Calcutta medical institutions reports 1879-81 [i.e.91]
Year: 1879
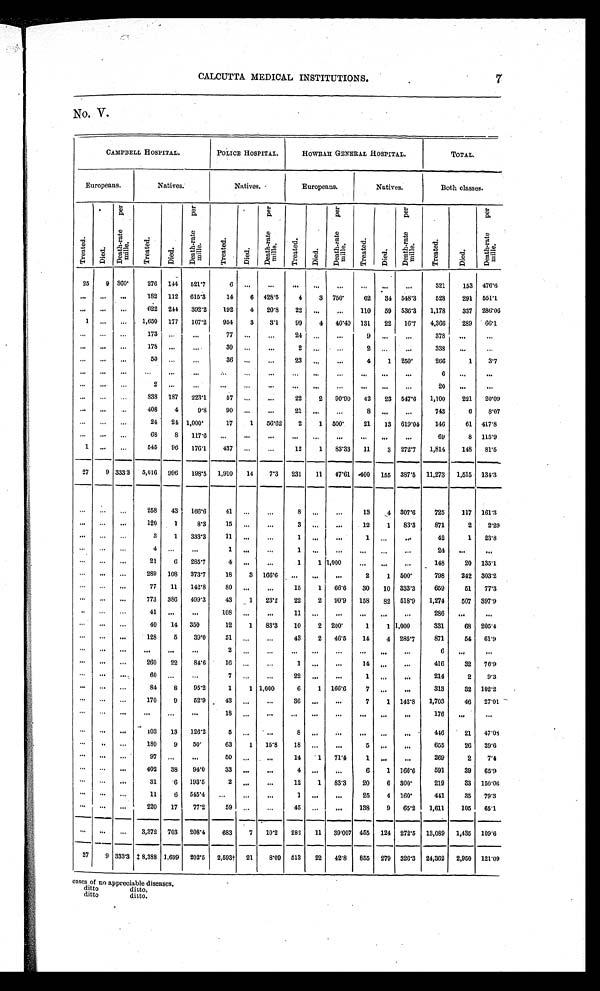
7
CALCUTTA MEDICAL INSTITUTIONS.
No. V.
CAMPBELL HOSPITAL.
POLICE HOSPITAL.
HOWRAH GENERAL HOSPITAL.
TOTAL.
Europeans.
Natives.
Natives.
Europeans.
Natives.
Both classes.
T r e a t e d .
D i e d .
D e a t h - r a t e p e r m i l l e .
T r e a t e d .
D i e d .
D e a t h - r a t e p e r m i l l e .
T r e a t e d .
D i e d .
D e a t h - r a t e p e r m i l l e .
T r e a t e d .
D i e d .
D e a t h - r a t e p e r m i l l e .
T r e a t e d .
D i e d .
D e a t h - r a t e p e r m i l l e .
T r e a t e d .
D i e d .
D e a t h - r a t e p e r m i l l e .
25
9 360°276 144
521.7
6
. . . . . .
. . .
. . .
. . .
. . .
. . .
. . .
321
153 476.6
. . .
. . .
. . .
182 112 615.3
14
6 428.5
4
3 750
62
34 548.3
528
291 551.1
. . .
. . .
. . .
622 244
392.2
192
4
20.8
22
. . .
. . .
110
59 536.3
1,178
337 286.06
1
. . .
. . .
1,650 177
107.2
954
3
3 . 1 99
4
40.40 131
22
16.7
4,366
289
66.1
. . . . . .
. . .
173 . . .
. . .
77
. . .
. . . 24
. . . . . .
9
. . . . . .
378
. . .
. . .
. . .
. . .
. . .
178
. . .
. . .
30
. . .
. . .
2
. . .
. . .
2
. . .
. . .
338
. . .
. . .
. . .
. . .
. . .
50
. . .
. . .
36
. . .
. . . 23
. . .
. . .
4
1 250°266
1
3.7
. . .
. . .
. . .
. . .
. . .
. . .
. . . . . .
. . .
. . .
. . . . . .
. . .
. . .
. . .
6
. . .
. . .
. . . . . .
. . .
2 . . .
. . .
. . .
. . .
. . .
. . .
. . . . . .
. . .
. . .
. . .
20
. . .
. . .
. . . . . .
. . .
838 187
223.1
5 7
. . .
. . . 22
2
90.90
42
23 547.6
1,100
221
20.09
. . .
. . .
. . .
408
4
9.8
90
. . .
. . . 21
. . .
. . .
8
. . . . . .
743
6
8.07
. . .
. . . . . .
24
24 1,000°17
1
56.62
2
1 500°21
13 619.04
146
61 417.8
. . .
. . .
. . .
68
8
117.6
. . . . . .
. . . . . .
. . .
. . .
. . .
. . .
. . .
69
8 115.9
1
. . .
. . .
545
96
176.1
437
. . .
. . .
12
1
83.33
11
3 272.7
1,814
148
81.5
27
9 333.3
5,016 996
1 9 8 . 5
1,910
14
7.3
231
1 1 47.61 400 155 387.5 11,273 1,515 134.3
. . .
. . .
. . .
258
43
166.6
41
. . .
. . .
8
. . . . . .
13
4 307.6
725
117 161.3
. . .
. . .
. . .
120
1
8.3
15
. . .
. . .
3
. . . . . .
12
1
83.3
871
2
2.29
. . .
. . .
. . .
3
1
333.3
11
. . . . . .
1
. . .
. . .
1
. . .
. . .
42
1
23.8
. . .
. . .
. . .
4
. . .
. . .
1
. . .
. . .
1
. . .
. . .
. . .
. . .
. . .
24
. . .
. . .
. . .
. . .
. . .
21
6
285.7
4
. . .
. . .
1
1 1,000
. . .
. . .
. . .
148
20 135.1
. . .
. . .
. . .
289 108
373.7
18
3 166.6
. . .
. . .
. . .
2
1 500°798
242 303.2
. . .
. . .
. . .
77
11
142.8
80
. . .
. . .
15
1
66.6
30
10 333.3
659
51
77.3
. . .
. . .
. . .
773 386
499.3
43
1
23.2
22
2
90.9
158
82 518.9
1,274
507 397.9
. . .
. . .
. . .
41
. . .
. . .
108
. . .
. . .
1 1
. . .
. . .
. . .
. . . . . .
286
. . .
. . .
. . .
. . .
. . .
40
14
350
12
1
83.3
10
2 200°1
1 1,000
331
68 205.4
. . .
. . .
. . .
128
5
39.0
51 . . . . . .
43
2
46.5
14
4 285.7
871
54
61.9
. . .
. . . . . .
. . .
. . .
. . .
2
. . .
. . .
. . .
. . .
. . .
. . .
. . . . . .
6
. . .
. . .
. . .
. . .
. . . 260
22
84.6
16
. . .
. . .
1
. . .
. . .
14
. . .
. . .
416
32
76.9
. . .
. . .
. . .
60
. . .
. . .
7
. . . . . .
22
. . .
. . .
1
. . . . . .
214
2
9.3
. . .
. . .
. . .
84
8
95.2
1
1 1,000
6
1 166.6
7
. . .
. . .
313
32 102.2
. . .
. . .
. . .
170
9
52.9
43
. . .
. . .
36
. . .
. . .
7
1 142.8
1,703
46
27.01
. . .
. . .
. . .
. . .
. . .
. . .
18
. . .
. . .
. . .
. . .
. . .
. . .
. . . . . .
176
. . .
. . .
. . .
. . .
. . .
103
13
126.2
5
. . .
. . .
8
. . .
. . .
. . .
. . .
. . .
446
21
47.08
. . .
. . .
. . .
180
9
50
63
1
15.8
18
. . .
. . .
5
. . . . . .
655
26
39.6
. . .
. . .
. . .
97
. . .
. . .
50°. . .
. . .
14
1
71.4
1
. . . . . .
269
2
7.4
. . .
. . .
. . .
402
38
94.0
33
. . .
. . .
4
. . .
. . .
6
1 166.6
591
39
65.9
. . .
. . .
. . .
31
6
193.5
2
. . .
. . .
12
1
83.3
20
6 300°219
33 150.06
. . .
. . .
. . .
11
6
545.4
. . .
. . .
. . .
1
. . .
. . .
25
4 160°441
35
79.3
. . .
. . .
. . .
220
17
77.2
59
. . .
. . .
45
. . .
. . .
138
9
65.2
1,611
105
65.1
. . .
. . .
. . .
3,372 703
208.4
683
7
10.2
282
11
39.007 455 124 272.5 13,089 1,435 109.6
27
9 333.3 ‡ 8,388 1,699 202.5
2,593† 21
8.09 513
22
42.8
855 279 326.3 24,362
2,950 121.09
cases of no appreciable diseases.
ditto
ditto.
ditto
ditto.